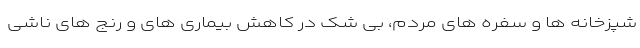
شپزخانه ها و سفره های مردم، بی شک در کاهش بیماری های و رنج های ناشی